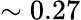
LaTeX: \sim 0.27